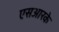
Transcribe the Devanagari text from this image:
एसआरके